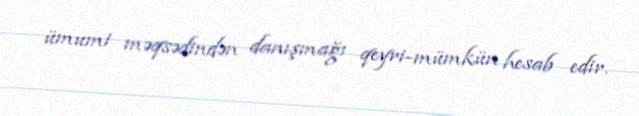
ümumi məqsədindən danışmağı qeyri-mümkün hesab edir.